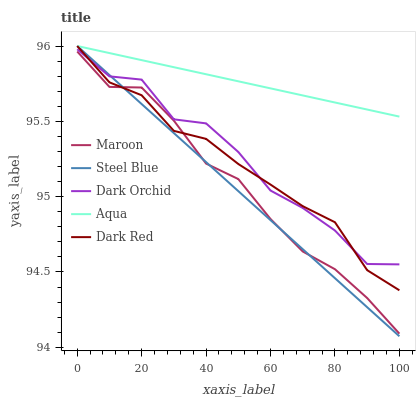
| xaxis_label | Maroon | Steel Blue | Dark Orchid | Aqua | Dark Red |
 | --- | --- | --- | --- | --- | --- |
 | 0 | 96 | 96 | 96 | 96 | 96 |
 | 10 | 95.7 | 95.8 | 95.8 | 96 | 95.8 |
 | 20 | 95.7 | 95.6 | 95.8 | 95.9 | 95.7 |
 | 30 | 95.5 | 95.4 | 95.5 | 95.9 | 95.4 |
 | 40 | 95.2 | 95.2 | 95.5 | 95.8 | 95.4 |
 | 50 | 95.1 | 95 | 95.3 | 95.8 | 95.2 |
 | 60 | 94.9 | 94.8 | 95 | 95.7 | 95.1 |
 | 70 | 94.6 | 94.7 | 94.9 | 95.7 | 94.9 |
 | 80 | 94.5 | 94.5 | 94.8 | 95.6 | 94.8 |
 | 90 | 94.3 | 94.3 | 94.6 | 95.6 | 94.5 |
 | 100 | 94.1 | 94.1 | 94.6 | 95.5 | 94.4 |